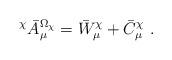
LaTeX: \begin{align*}^\chi \bar{A}^{\Omega _\chi}_\mu =\bar{W}^\chi _\mu +\bar{C}^\chi _\mu\ .\end{align*}